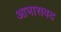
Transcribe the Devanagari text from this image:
आभासवद